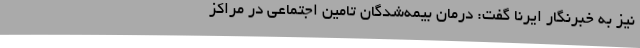
نیز به خبرنگار ایرنا گفت: درمان بیمه‌شدگان تامین اجتماعی در مراکز